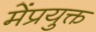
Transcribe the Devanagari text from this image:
मेंप्रयुक्त